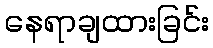
နေရာချထားခြင်း